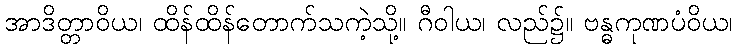
အာဒိတ္တာဝိယ၊ ထိန်ထိန်တောက်သကဲ့သို့။ ဂီဝါယ၊ လည်၌။ ဗန္ဓကုဏပံဝိယ၊